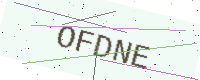
Text: OFDNE